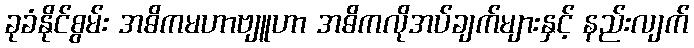
ခုခံနိုင်စွမ်း အဓိကမဟာဗျူဟာ အဓိကလိုအပ်ချက်များနှင့် နည်းလျက်